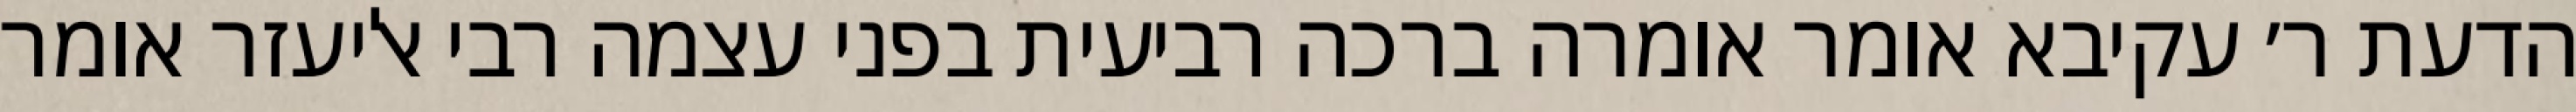
הדעת ר׳ עקיבא אומר אומרה ברכה רביעית בפני עצמה רבי אליעזר אומר